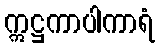
ဣဋ္ဌကာပါကာရံ